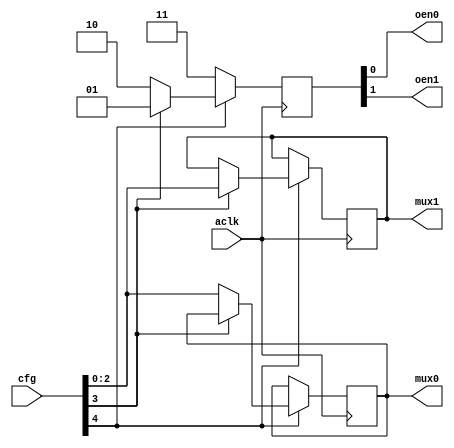
`timescale 1ns / 1ps
//////////////////////////////////////////////////////////////////////////////////
// Company: 
// 
// Design Name: 
// Module Name: cs_mux
// Project Name: 
// Target Devices: 
// Tool Versions: 
// Description: 
// 
// Dependencies: 
// 
// Revision:
// Revision 0.01 - File Created
// Additional Comments:
// 
//////////////////////////////////////////////////////////////////////////////////

module cs_mux
(
    input   wire        aclk,
    input   wire [4:0]  cfg,

    output  wire        oen0,
    output  wire        oen1,
    output  wire [2:0]  mux0,
    output  wire [2:0]  mux1
);

    reg [2:0] mux0_reg, mux1_reg;
    reg [1:0] oen_reg;

    assign {mux1, mux0} = {mux1_reg, mux0_reg};
    assign {oen1, oen0} = oen_reg;

    always @(posedge aclk) begin
        if (cfg[4] == 1) begin
            if (cfg[3] == 0) begin
                mux0_reg <= cfg[2:0];
                oen_reg <= 2'b10;
            end
            else begin
                mux1_reg <= cfg[2:0];
                oen_reg <= 2'b01;
            end
        end
        else begin
            oen_reg <= 2'b11;
        end
    end

endmodule